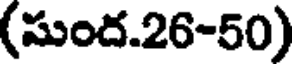
(సుంద.26-50)